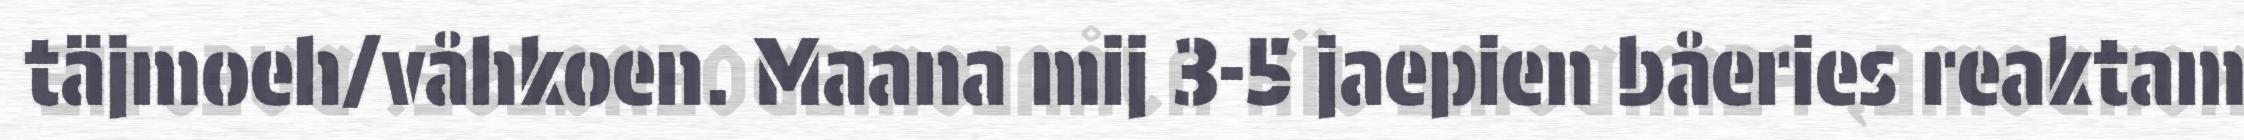
täjmoeh/våhkoen. Maana mij 3-5 jaepien båeries reaktam